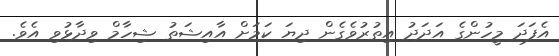
އެފަދަ މީހުންގެ އަދަދު އިތުރުވެގެން ދިޔަ ކަމަށް އާއިޝަތު ޝިހާމް ވިދާޅުވި އެވެ.